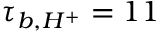
\tau _ { b , H ^ { + } } = 1 1